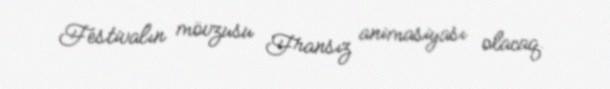
Festivalın mövzusu Fransız animasiyası olacaq.